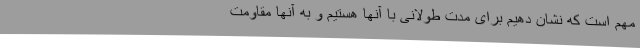
مهم است که نشان دهیم برای مدت طولانی با آنها هستیم و به آنها مقاومت